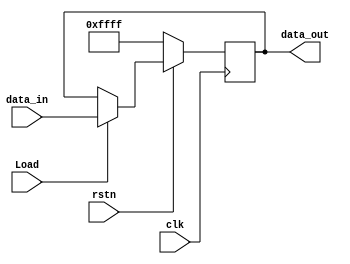
module reg_IR(clk,rstn,Load,data_in,data_out);
input clk,rstn,Load;
input [15:0] data_in;
output [15:0] data_out;
reg [15:0] d;
always @(posedge clk) begin
if(rstn==1'b0) d={16{1'b1}};
else if(Load==1'b1) d=data_in;
else d=data_out;
end
assign data_out=d;
endmodule